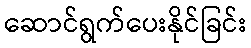
ဆောင်ရွက်ပေးနိုင်ခြင်း